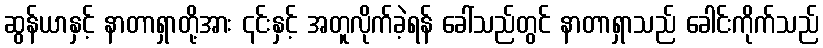
ဆွန်ယာနှင့် နာတာရှာတို့အား ၎င်းနှင့် အတူလိုက်ခဲ့ရန် ခေါ်သည်တွင် နာတာရှာသည် ခေါင်းကိုက်သည်